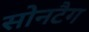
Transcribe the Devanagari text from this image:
सोनटैग